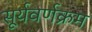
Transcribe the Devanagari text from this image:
सूर्यवर्णक्रम